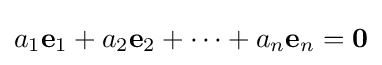
a_{1}\mathbf {e} _{1}+a_{2}\mathbf {e} _{2}+\cdots +a_{n}\mathbf {e} _{n}=\mathbf {0}